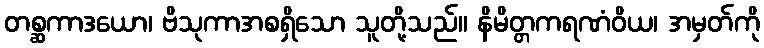
တစ္ဆကာဒယော၊ ဗိသုကာအစရှိသော သူတို့သည်။ နိမိတ္တကရဏံဝိယ၊ အမှတ်ကို